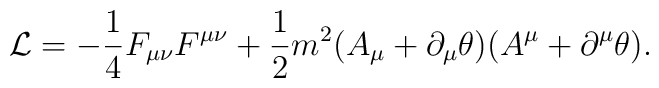
{\cal L}=-\frac{1}{4}  F_{\mu\nu} F^{\mu\nu}+\frac{1}{2}m^{2}(A_{\mu}+\partial_{\mu}\theta)(A^{\mu}+\partial^{\mu}\theta).